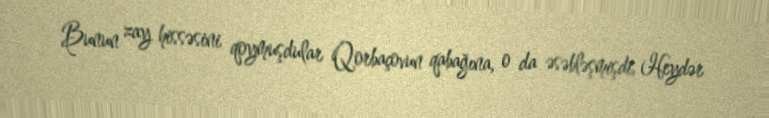
Bunun zay hissəsini qoymuşdular Qorbaçovun qabağına, o da əsəbləşmişdi, Heydər